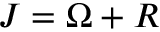
J = \Omega + R